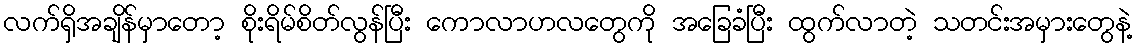
လက်ရှိအချိန်မှာတော့ စိုးရိမ်စိတ်လွန်ပြီး ကောလာဟလတွေကို အခြေခံပြီး ထွက်လာတဲ့ သတင်းအမှားတွေနဲ့